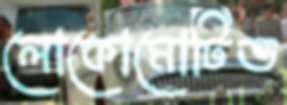
লোকোমোটিভ